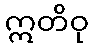
ဣတိဝု